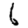
Digit: 6